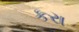
કરા